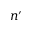
n ^ { \prime }